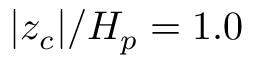
| z _ { c } | / H _ { p } = 1 . 0